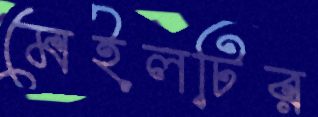
মেইলটির